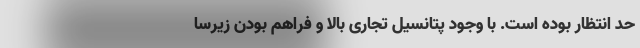
حد انتظار بوده است. با وجود پتانسیل تجاری بالا و فراهم بودن زیرسا